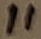
Text: 11